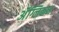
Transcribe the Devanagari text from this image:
ॲंग्लिकन